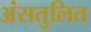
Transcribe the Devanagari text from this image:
अंसतुलित